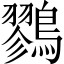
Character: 鷚